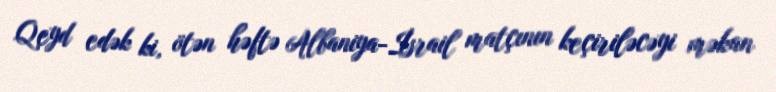
Qeyd edək ki, ötən həftə Albaniya-İsrail matçının keçiriləcəyi məkan